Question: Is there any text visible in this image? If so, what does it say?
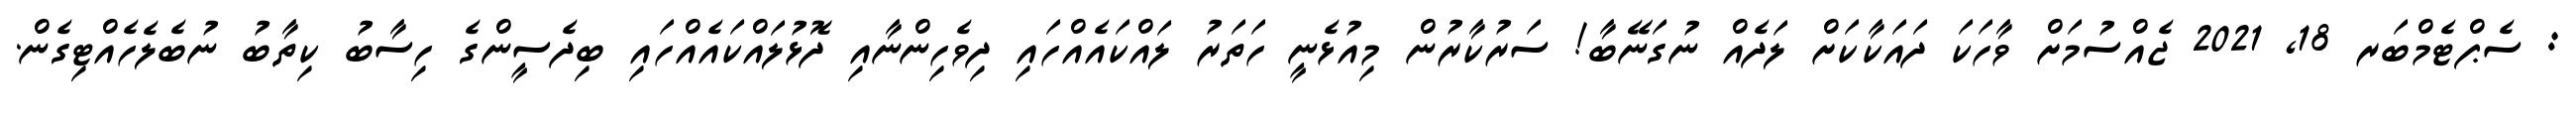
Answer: : ސެޕްޓެމްބަރ 18, 2021 ޖެއްސުމަށް ވާހަކަ ދައަކާކަށް ލަދެއް ނުގަނޭބާ! ސަރުކާރުން މިއުޅެނީ ހަތަރު ލައްކައެއްހައި ދިވެހިންނާއި ދޮޅުލައްކައެއްހައި ބިދެސީންގެ ހިސާބު ކިތާބު ނުބެލެހެއްޓިގެން.